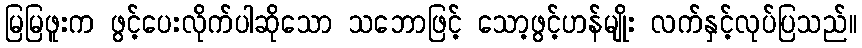
မြမြဖူးက ဖွင့်ပေးလိုက်ပါဆိုသော သဘောဖြင့် သော့ဖွင့်ဟန်မျိုး လက်နှင့်လုပ်ပြသည်။